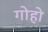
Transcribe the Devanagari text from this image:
गोहो